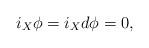
LaTeX: \begin{align*}i_X\phi=i_Xd\phi=0,\end{align*}